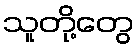
သူတို့တွေ